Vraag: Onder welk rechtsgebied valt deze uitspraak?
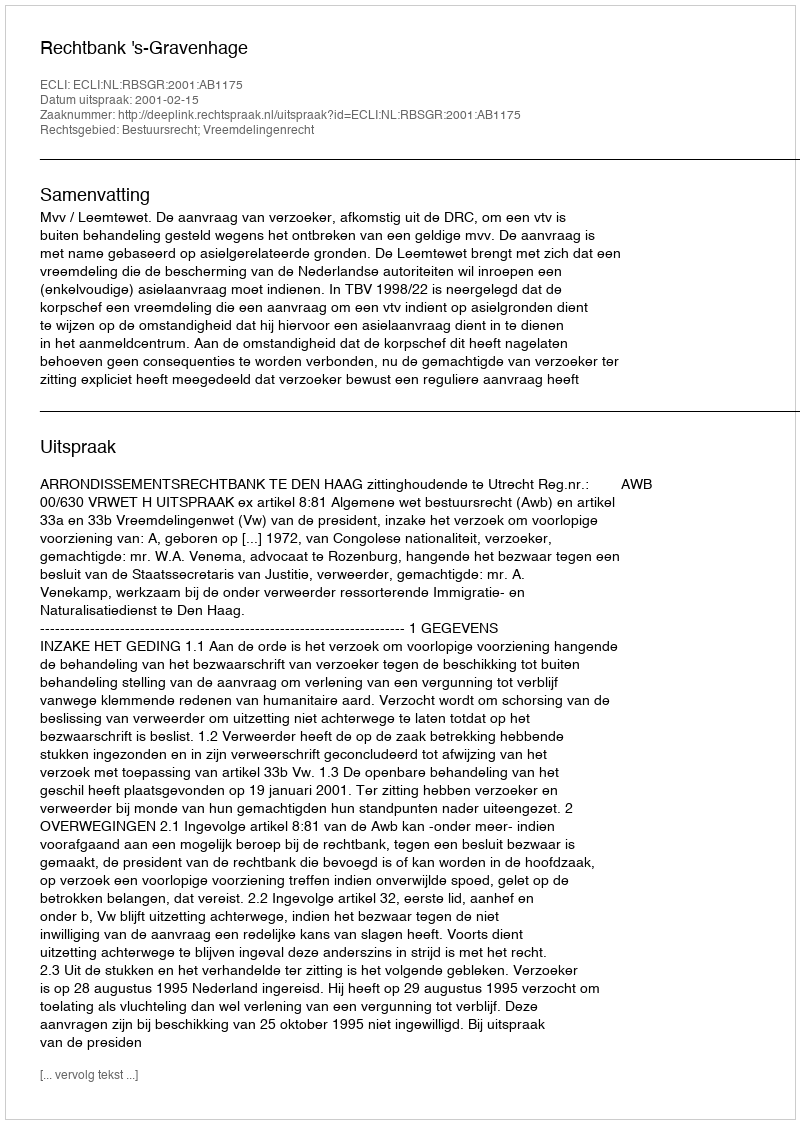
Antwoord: Bestuursrecht; Vreemdelingenrecht